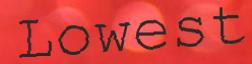
Lowest